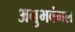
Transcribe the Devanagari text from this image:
अनुभवंगल